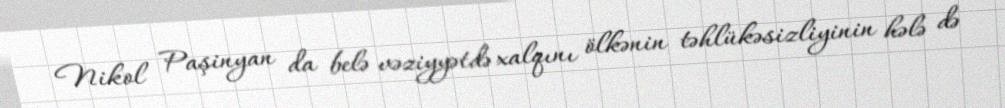
Nikol Paşinyan da belə vəziyyətdə xalqını ölkənin təhlükəsizliyinin hələ də